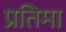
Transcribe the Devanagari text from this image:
प्रतिमा